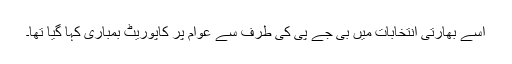
اِسے بھارتی انتخابات میں بی جے پی کی طرف سے عوام پر کاپوریٹ بمباری کہا گیا تھا۔